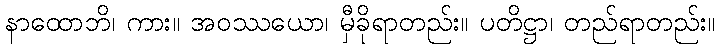
နာထောဘိ၊ ကား။ အဝဿယော၊ မှီခိုရာတည်း။ ပတိဋ္ဌာ၊ တည်ရာတည်း။